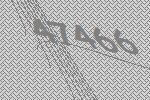
47466